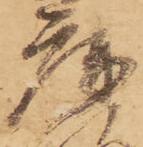
庫